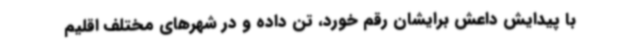
با پیدایش داعش برایشان رقم خورد، تن داده و در شهرهای مختلف اقلیم